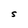
Character: S